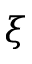
\xi